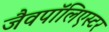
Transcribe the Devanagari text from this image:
जैवपॉलिएस्टर